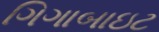
ગિગાબાઇટ